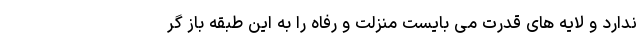
ندارد و لایه های قدرت می بایست منزلت و رفاه را به این طبقه باز گر